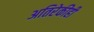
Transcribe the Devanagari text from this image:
अतिरेकीही